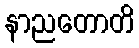
နာညတောတိ